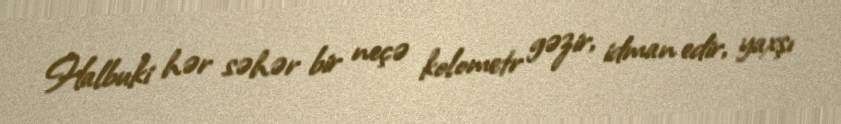
Halbuki hər səhər bir neçə kolometr gəzir, idman edir, yaxşı